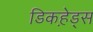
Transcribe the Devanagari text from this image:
डिकहे़ड्स